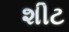
શીટ